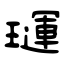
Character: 璭